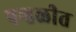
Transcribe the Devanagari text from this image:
पन्हळीत